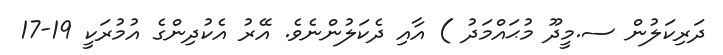
ދަރިކަލުން ސ.މީދޫ މުޙައްމަދު ) އާއި ދެކަލުންނެވެ. އޭރު އެކުދިންގެ އުމުރަކީ 19-17